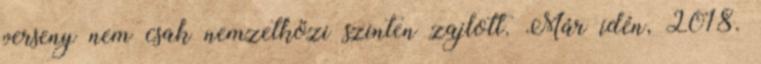
verseny nem csak nemzetközi szinten zajlott. Már idén, 2018.